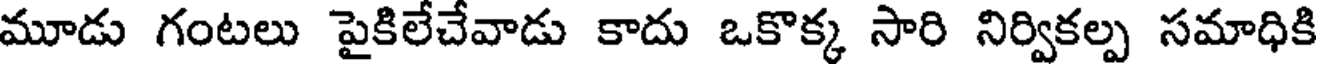
మూడు గంటలు పైకిలేచేవాడు కాదు ఒకొక్క సారి నిర్వికల్ప సమాధికి